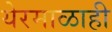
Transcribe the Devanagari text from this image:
येरमाळाही